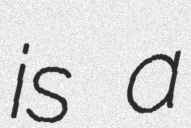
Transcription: is a